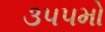
૩૫૫મો